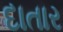
દાતાર